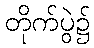
တိုက်ပွဲ၌